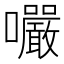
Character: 㘙